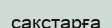
сакстарға